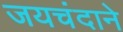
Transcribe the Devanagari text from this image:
जयचंदाने